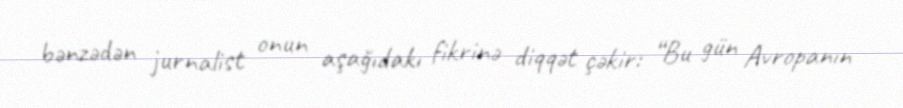
bənzədən jurnalist onun aşağıdakı fikrinə diqqət çəkir: “Bu gün Avropanın